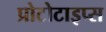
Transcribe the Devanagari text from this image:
प्रोटोटाइप्स